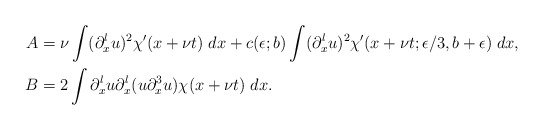
\begin{align*}A&=\nu\int (\partial_x^lu)^2\chi'(x+\nu t) \; dx+c(\epsilon;b)\int (\partial_x^lu)^2\chi'(x+\nu t;\epsilon/3,b+\epsilon) \; dx,\\B&=2\int\partial_x^lu\partial_x^l(u\partial_x^3u)\chi(x+\nu t) \; dx. \end{align*}